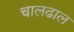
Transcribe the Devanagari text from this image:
चालढाल